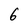
Character: 6